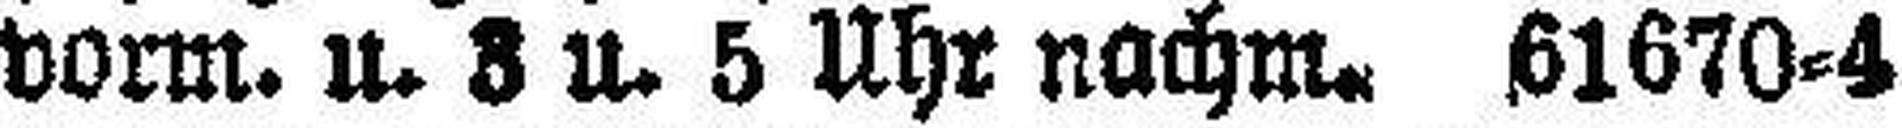
vorm. u. 3 u. 5 Uhr nachm. 61670-4